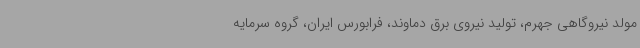
مولد نیروگاهی جهرم، تولید نیروی برق دماوند، فرابورس ایران، گروه سرمایه